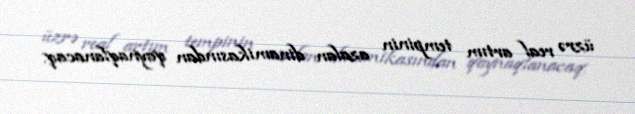
üzrə real artım tempinin azalan dinamikasından qaynaqlanacaq.